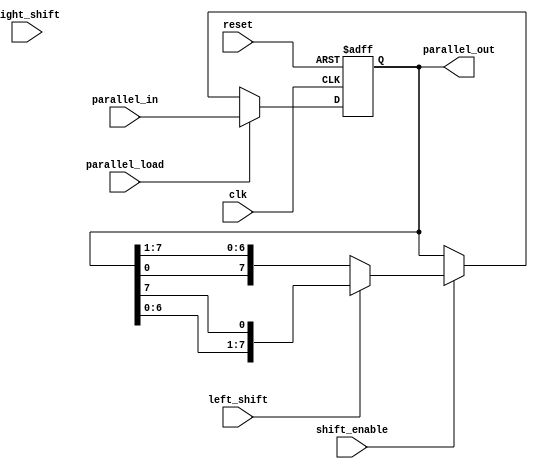
module pipo_shift_register (
  input wire clk,
  input wire reset,
  input wire [7:0] parallel_in,
  input wire parallel_load,
  input wire shift_enable,
  input wire left_shift,
  input wire right_shift,
  output reg [7:0] parallel_out
);

reg [7:0] data;

always @ (posedge clk or posedge reset) begin
  if (reset) begin
    data <= 8'b0;
  end else begin
    if (parallel_load) begin
      data <= parallel_in;
    end else begin
      if (shift_enable) begin
        if (left_shift) begin
          data <= {data[6:0], data[7]};
        end else begin
          data <= {data[0], data[7:1]};
        end
      end
    end
  end
end

assign parallel_out = data;

endmodule